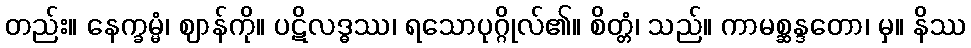
တည်း။ နေက္ခမ္မံ၊ ဈာန်ကို။ ပဋိလဒ္ဓဿ၊ ရသောပုဂ္ဂိုလ်၏။ စိတ္တံ၊ သည်။ ကာမစ္ဆန္ဒတော၊ မှ။ နိဿ